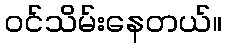
ဝင်သိမ်းနေတယ်။